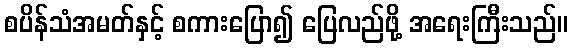
စပိန်သံအမတ်နှင့် စကားပြော၍ ပြေလည်ဖို့ အရေးကြီးသည်။